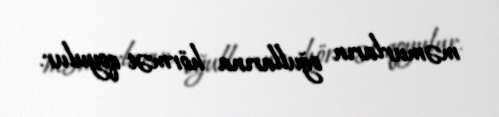
məmurların oğullarına hörmət qoyulur.